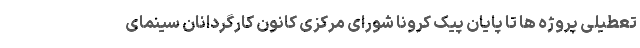
تعطیلی پروژه ها تا پایان پیک کرونا شورای مرکزی کانون کارگردانان سینمای